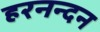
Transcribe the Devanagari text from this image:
हरनन्दन